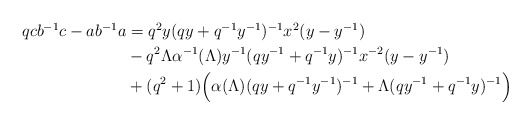
\begin{align*}\begin{aligned}qcb^{-1}c - ab^{-1}a &= q^2y(qy + q^{-1}y^{-1})^{-1}x^2(y-y^{-1}) \\& -q^2\Lambda\alpha^{-1}(\Lambda)y^{-1}(qy^{-1} + q^{-1}y)^{-1}x^{-2}(y-y^{-1})\\&+ (q^2+1)\Big(\alpha(\Lambda)(qy + q^{-1}y^{-1})^{-1} + \Lambda(qy^{-1} + q^{-1}y)^{-1}\Big)\end{aligned}\end{align*}